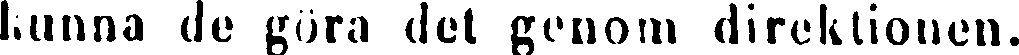
kunna de göra det genom direktionen.